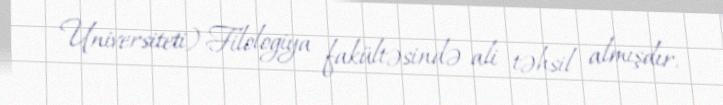
Universiteti) Filologiya fakültəsində ali təhsil almışdır.